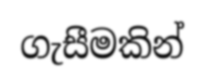
ගැසීමකින්